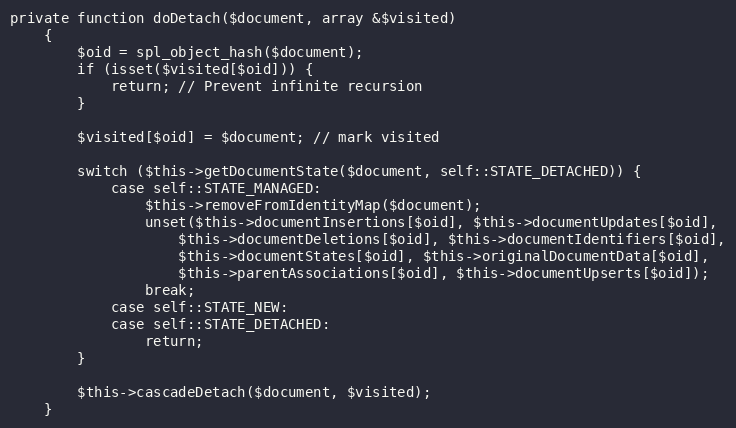
Language: PHP
private function doDetach($document, array &$visited)
    {
        $oid = spl_object_hash($document);
        if (isset($visited[$oid])) {
            return; // Prevent infinite recursion
        }

        $visited[$oid] = $document; // mark visited

        switch ($this->getDocumentState($document, self::STATE_DETACHED)) {
            case self::STATE_MANAGED:
                $this->removeFromIdentityMap($document);
                unset($this->documentInsertions[$oid], $this->documentUpdates[$oid],
                    $this->documentDeletions[$oid], $this->documentIdentifiers[$oid],
                    $this->documentStates[$oid], $this->originalDocumentData[$oid],
                    $this->parentAssociations[$oid], $this->documentUpserts[$oid]);
                break;
            case self::STATE_NEW:
            case self::STATE_DETACHED:
                return;
        }

        $this->cascadeDetach($document, $visited);
    }